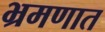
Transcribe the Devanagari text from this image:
भ्रमणात